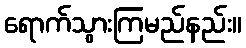
ရောက်သွားကြမည်နည်း။